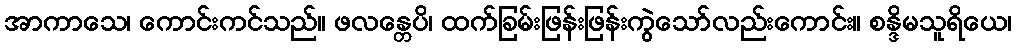
အာကာသေ၊ ကောင်းကင်သည်။ ဖလန္တေပိ၊ ထက်ခြမ်းဖြန်းဖြန်းကွဲသော်လည်းကောင်း။ စန္ဒိမသူရိယေ၊